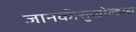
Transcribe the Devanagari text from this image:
जानकीसुखोल्हास